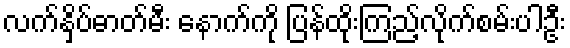
လက်နှိပ်ဓာတ်မီး နောက်ကို ပြန်ထိုးကြည့်လိုက်စမ်းပါဦး